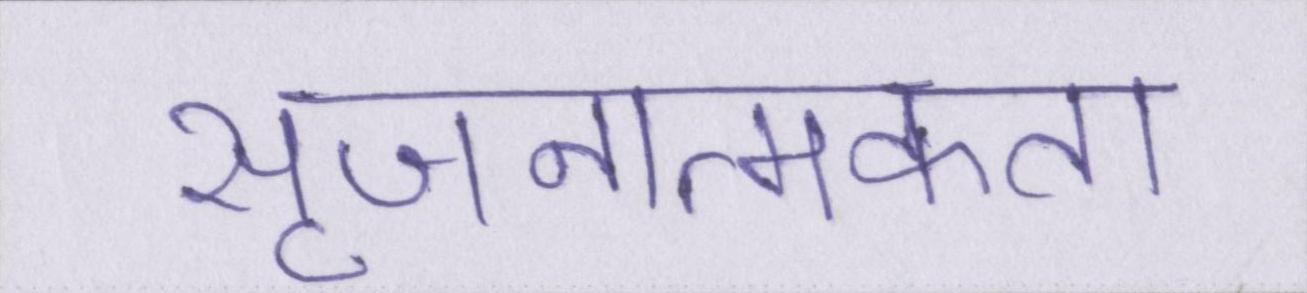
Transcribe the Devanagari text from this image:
सृजनात्मकता